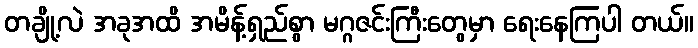
တချို့လဲ အခုအထိ အမိန့်ရှည်စွာ မဂ္ဂဇင်းကြီးတွေမှာ ရေးနေကြပါ တယ်။